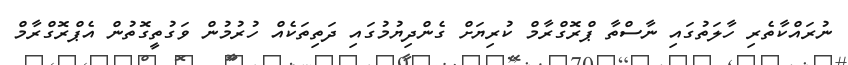
ނުރައްކާތެރި ހާލަތުގައި ނާސްތާ ޕްރޮގްރާމް ކުރިޔަށް ގެންދިޔުމުގައި ދަތިތަކެއް ހުރުމުން ވަގުތީގޮތުން އެޕްރޮގްރާމް